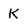
Character: K